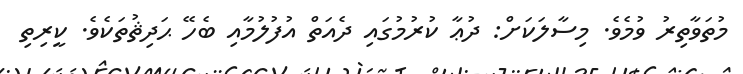
މުތަވާތިރު ވުމެވެ. މިސާލަކަށް: ދުޢާ ކުރުމުގައި ދެއަތް އުފުލުމާއި ބެހޭ ޙަދިޘުތަކެވެ. ކީރިތި